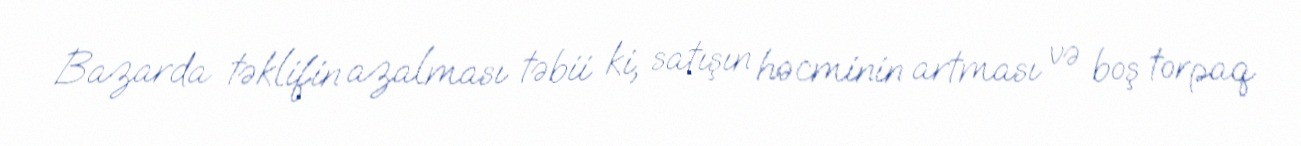
Bazarda təklifin azalması təbii ki, satışın həcminin artması və boş torpaq